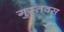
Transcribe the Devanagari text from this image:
गुस्तवस